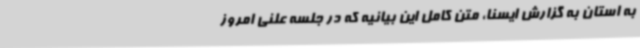
به استان به گزارش ایسنا، متن کامل این بیانیه که در جلسه علنی امروز